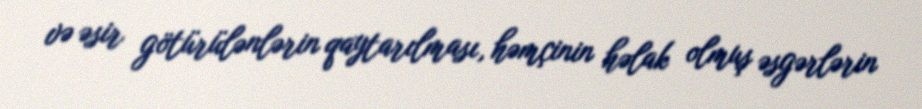
və əsir götürülənlərin qaytarılması, həmçinin həlak olmuş əsgərlərin